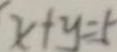
x + y = 5